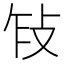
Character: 𢼎